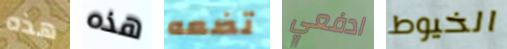
هذه هذه تضعه ادفعي الخيوط